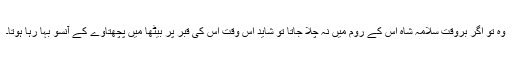
وہ تو اگر بروقت سلامہ شاہ اس کے روم میں نہ چلا جاتا تو شاید اس وقت اس کی قبر پر بیٹھا میں پچھتاوے کے آنسو بہا رہا ہوتا۔